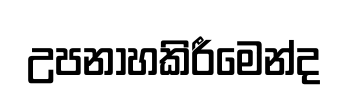
උපනාහකිරීමෙන්ද